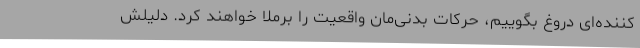
کننده‌ای دروغ بگوییم، حرکات بدنی‌مان واقعیت را برملا خواهند کرد. دلیلش